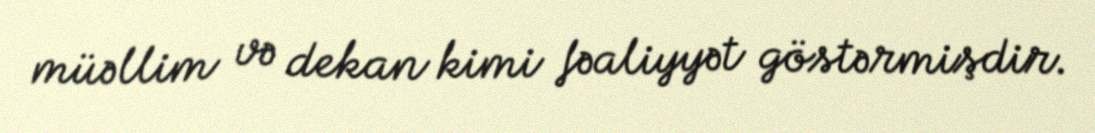
müəllim və dekan kimi fəaliyyət göstərmişdir.